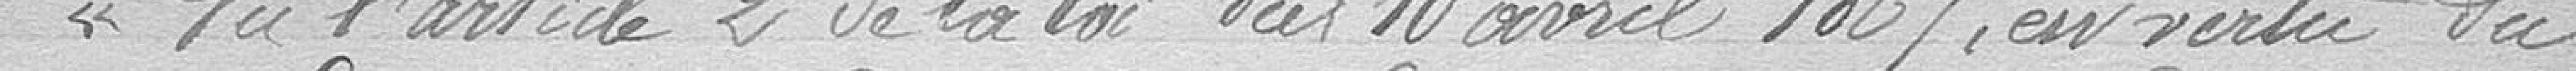
"Vu l'article 2 de la loi du 10 avril 1867, en vertu du